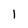
Character: 1